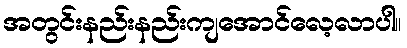
အတွင်းနည်းနည်းကျအောင်လေ့လာပါ။